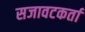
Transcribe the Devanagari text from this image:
सजावटकर्ता